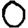
Digit: 0